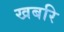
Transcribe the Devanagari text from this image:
खबरि